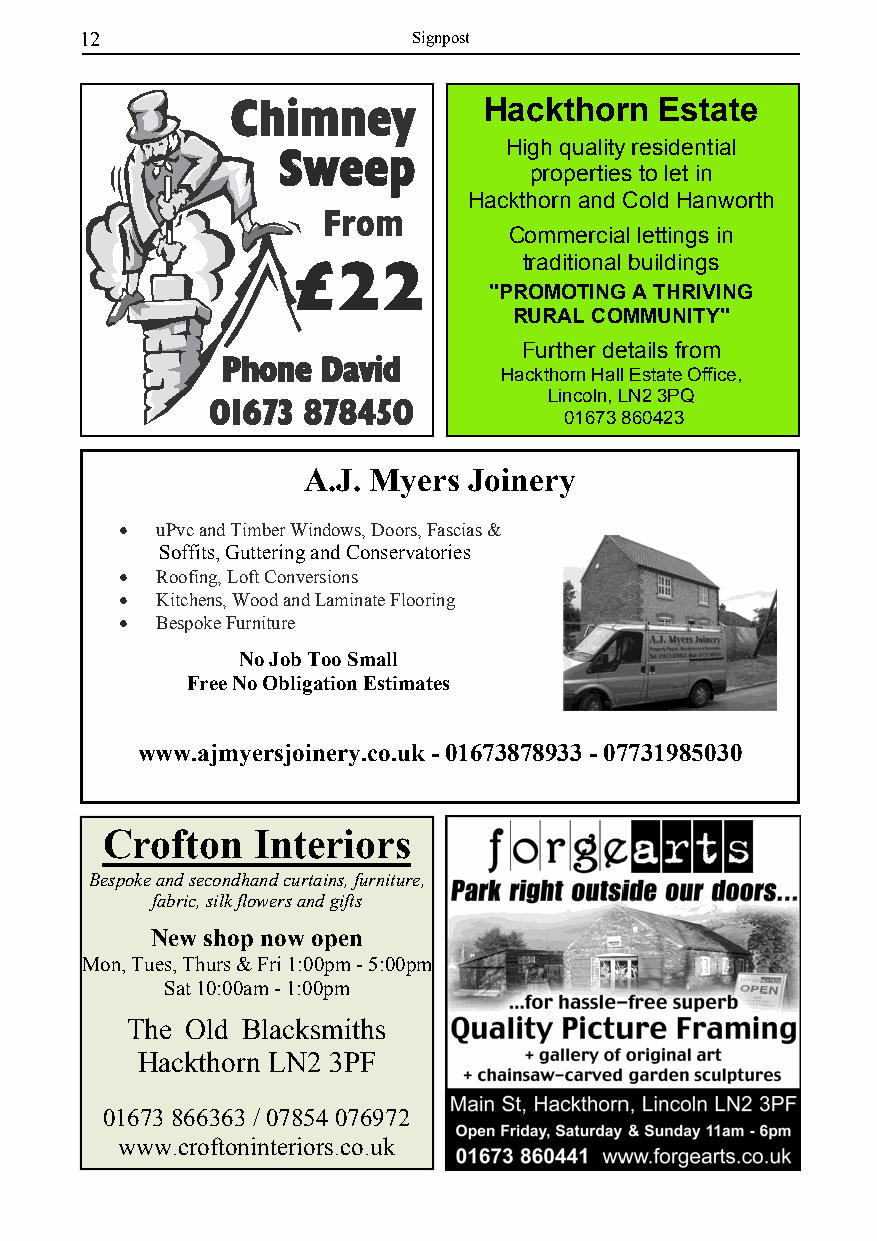
12                    Signpost
 Hackthorn   Estate
 High quality residential
 properties to let in
 Hackthorn and Cold Hanworth
 Commercial lettings in
 traditional buildings
 "PROMOTING A THRIVING
 RURAL COMMUNITY"
 Further details from
 Hackthorn Hall Estate Office,
 Lincoln, LN2 3PQ
 01673 860423
 A.J. Myers Joinery
 • uPvc and Timber Windows, Doors, Fascias &
 Soffits, Guttering and Conservatories
 • Roofing, Loft Conversions
 • Kitchens, Wood and Laminate Flooring
 • Bespoke Furniture
 No Job Too Small
 Free No Obligation Estimates
 www.ajmyersjoinery.co.uk - 01673878933 - 07731985030
 Crofton   Interiors
 Bespoke and secondhand curtains, furniture,
 fabric, silk flowers and gifts
 New shop now open
 Mon, Tues, Thurs & Fri 1:00pm - 5:00pm
 Sat 10:00am - 1:00pm
 The Old Blacksmiths
 Hackthorn LN2 3PF
 01673 866363 / 07854 076972
 www.croftoninteriors.co.uk